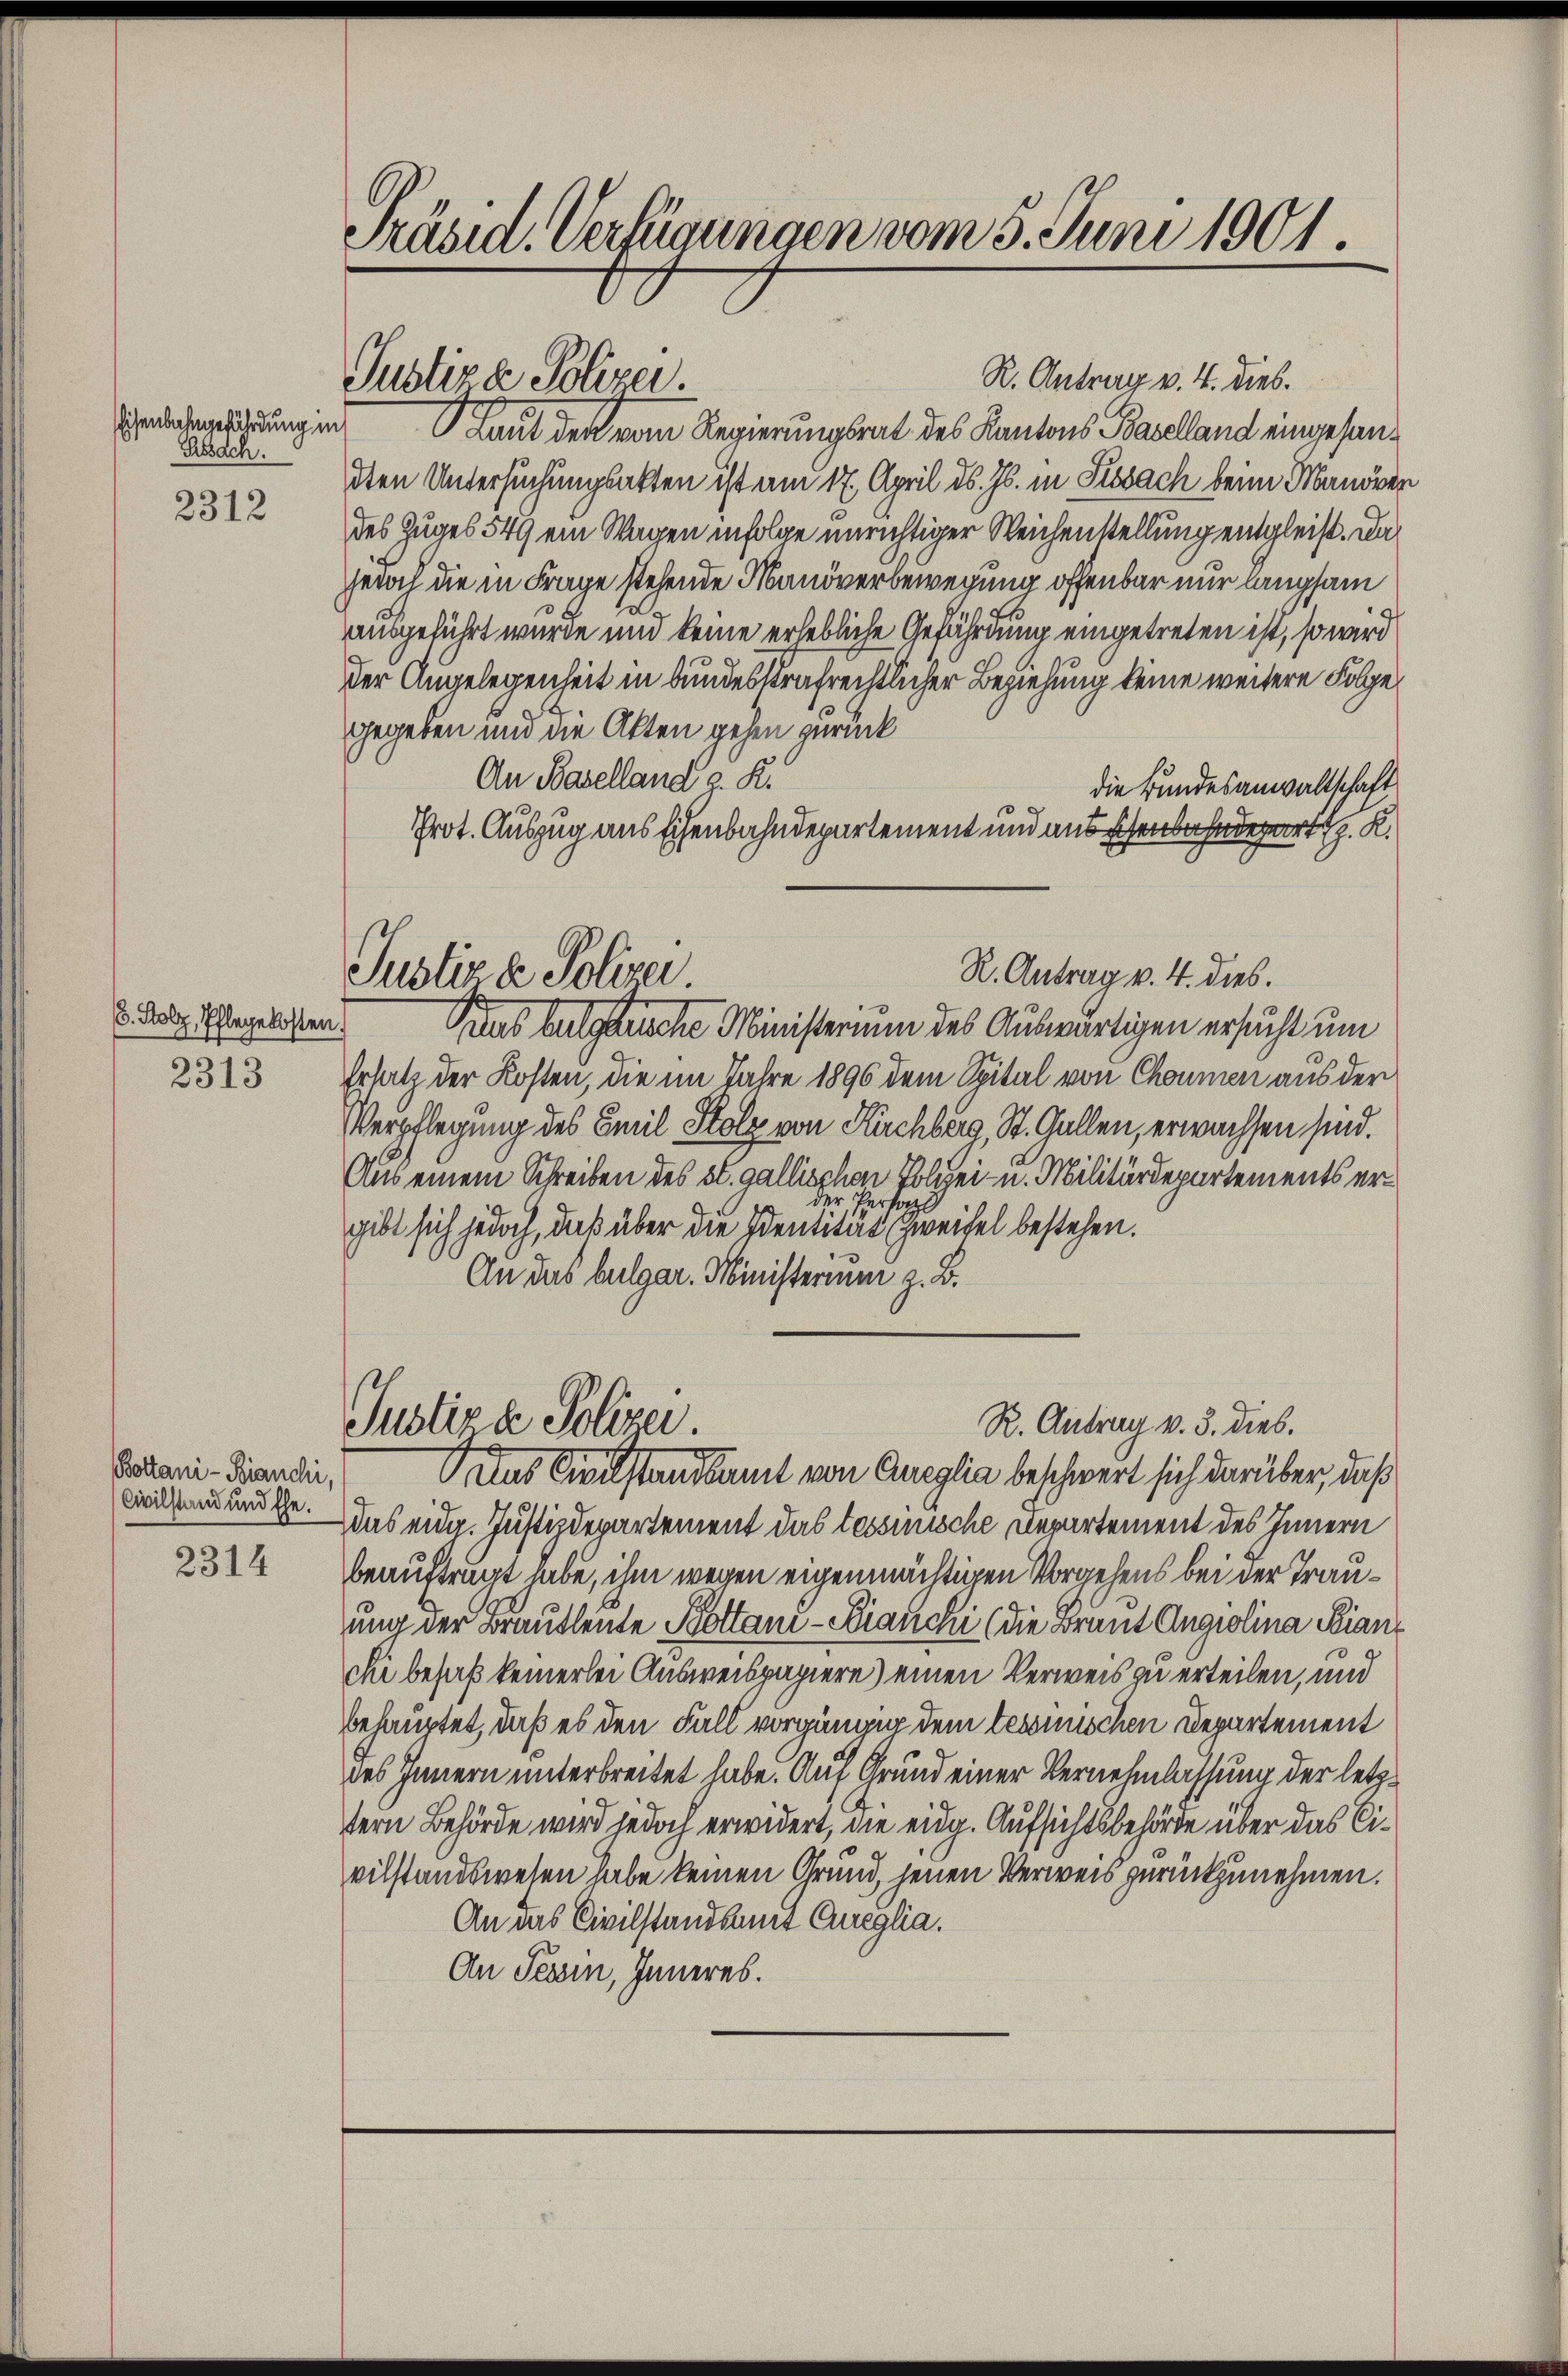
Eisenbahngefährdung in
Erssach.

2312

2313

Bottani - Bianchi,
Civilstand und Ehe.

2314

Präsid. Verfügungen vom 5. Juni 1901

. Holz, Pflegekosten.

Justiz & Polizei.

R. Antrag v. 4. dies.

Laut der vom Regierungsrat des Kantons Baselland eingesandten Untersuchungsakten ist am 17. April ds. Js. in Fissach beim Manöver
des Zuges 549 ein Wagen infolge unrichtiger Weichenstellung entgleist. Da
sedoch die in Frage stehende Manöverbewegung offenbar nur langsam
ausgeführt wurde und keine erhebliche Gefährdung eingetreten ist, so wird
der Angelegenheit in bundesstrafrechtlicher Beziehung keine weitere Folge,
gegeben und die Akten gehen zurück
An Baselland z. R.
die Bundesanwaltschaft
Prot. Auszug aus Eisenbahndepartement und aus Eisenbahndert. K.
R. Antrag v. 4. dies.
Justiz & Polizei
Das haltsbruche Ministerium des Auswärtigen ersucht um
Ersatz der Kosten, die im Jahre 1896 dem Spital von Chommen aus der
Verpflegung des Emil Stolz von Kirchberg, St. Gallen, erwachsen sind.
Aus einem Schreiben des st. gallischen Solei- u. Militärdepartements erder Person
gibt sich jedoch, daß über die Identität Zweifel bestehen.
An das bulgar. Ministerium z. B.

das eidg. Justizdepartement das tessinische Departement des Innern
beauftragt habe, ihm wegen eigenmächtigen Vorgehens bei der Trauung der Brautleute Bottani - Bianchi (die Braut Angiolina Pian¬
Ichi besaß keinerlei Ausweispapiere) einen Verweis zu erteilen, und
behauptet, daß es den Fall vorgängig dem tessinischen Departement
des Innern unterbreitet habe. Auf Grund einer Vernehmlassung der letztern Behörde wird jedoch erwidert, die eidg. Aufsichtsbehörde über das Civilstandswesen habe keinen Grund, jenen Verweis zurückzunehmen.
An das Civilstandsamt Cueglia.
An Tessin, Inneres.

Justiz & Polizei.
R. Antrag v. 3. dies.
Alas Aristandsamt von Queglia beschwert sich darüber, daß